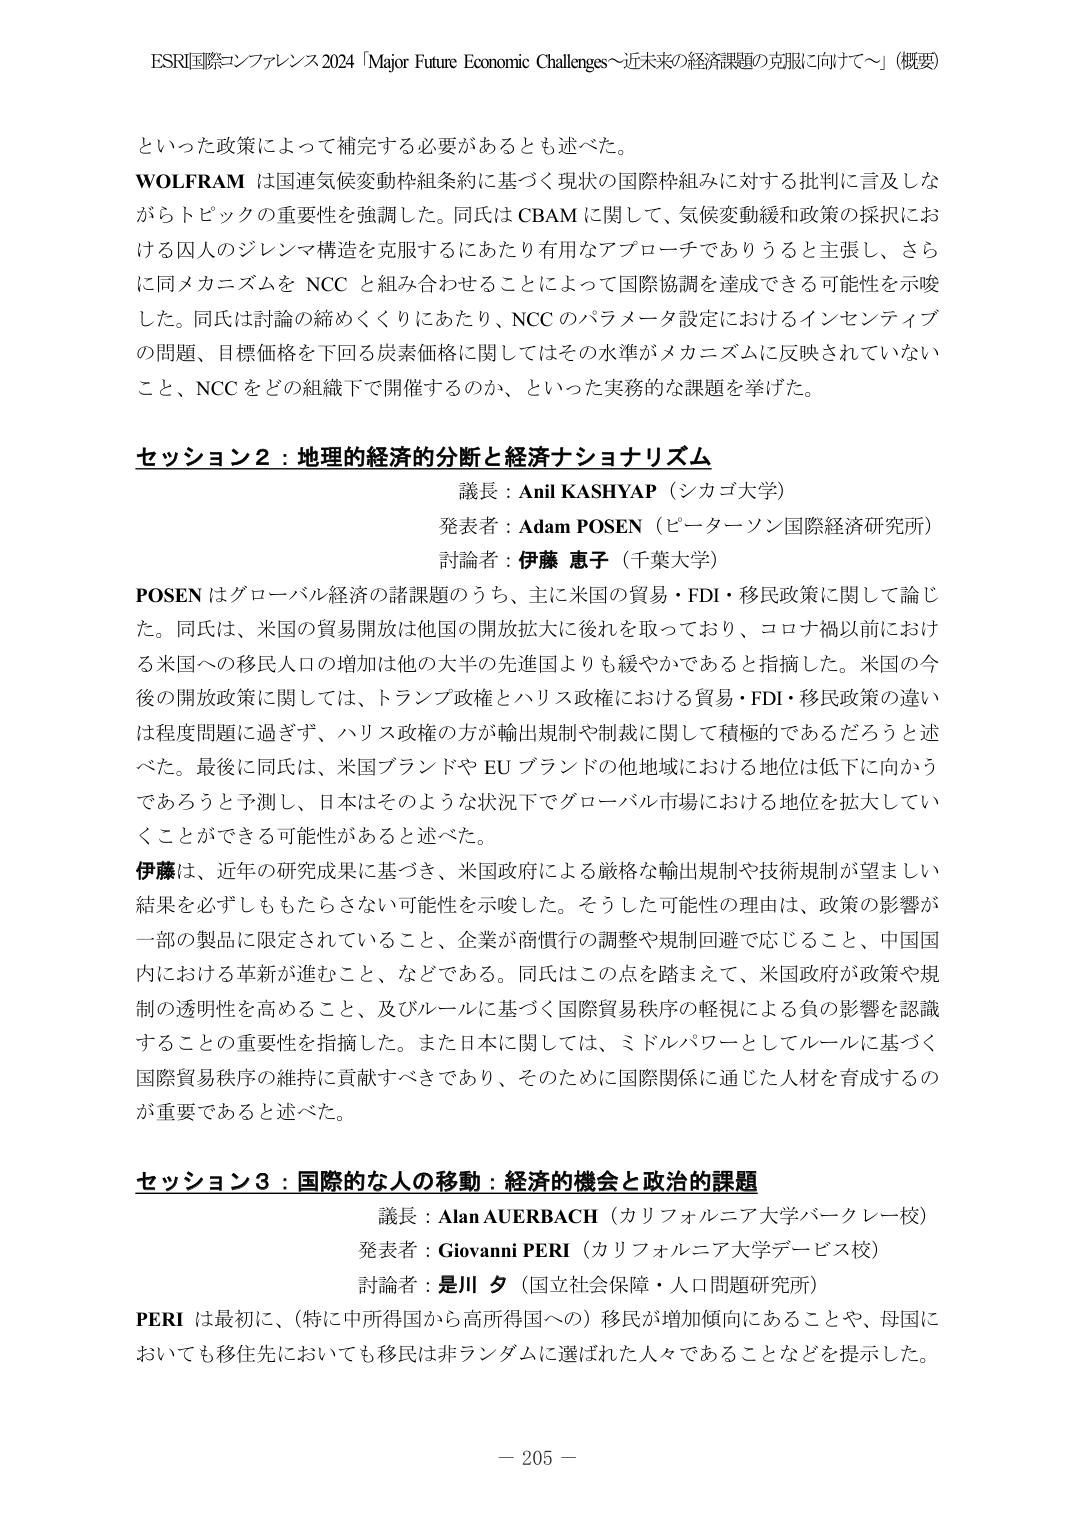
ESRI国際コンファレンス2024「Major Future Economic Challenges～近未来の経済課題の克服に向けて～」（概要）

といった政策によって補完する必要があるとも述べた。
WOLFRAM は国連気候変動枠組条約に基づく現状の国際枠組みに対する批判に言及しな
がらトピックの重要性を強調した。同氏はCBAMに関して、気候変動緩和政策の採択にお
ける囚人のジレンマ構造を克服するにあたり有用なアプローチでありうると主張し、さら
に同メカニズムをNCCと組み合わせることによって国際協調を達成できる可能性を示唆
した。同氏は討論の締めくくりにあたり、NCCのパラメータ設定におけるインセンティブ
の問題、目標価格を下回る炭素価格に関してはその水準がメカニズムに反映されていない
こと、NCCをどの組織下で開催するのか、といった実務的な課題を挙げた。

セッション2：地理的経済的分断と経済ナショナリズム
議長：Anil KASHYAP（シカゴ大学）
発表者：Adam POSEN（ピーターソン国際経済研究所）
討論者：伊藤 恵子（千葉大学）

POSENはグローバル経済の諸課題のうち、主に米国の貿易・FDI・移民政策に関して論じ
た。同氏は、米国の貿易開放は他国の開放拡大に後れを取っており、コロナ禍以前におけ
る米国への移民人口の増加は他の大半の先進国よりも緩やかであると指摘した。米国の今
後の開放政策に関しては、トランプ政権とハリス政権における貿易・FDI・移民政策の違い
は程度問題に過ぎず、ハリス政権の方が輸出規制や制裁に関して積極的であるだろうと述
べた。最後に同氏は、米国ブランドやEUブランドの他地域における地位は低下に向かう
であろうと予測し、日本はそのような状況下でグローバル市場における地位を拡大してい
くことができる可能性があると述べた。

伊藤は、近年の研究成果に基づき、米国政府による厳格な輸出規制や技術規制が望ましい
結果を必ずしももたらさない可能性を示唆した。そうした可能性の理由は、政策の影響が
一部の製品に限定されていること、企業が商慣行の調整や規制回避で応じること、中国国
内における革新が進むこと、などである。同氏はこの点を踏まえて、米国政府が政策や規
制の透明性を高めること、及びルールに基づく国際貿易秩序の軽視による負の影響を認識
することの重要性を指摘した。また日本に関しては、ミドルパワーとしてルールに基づく
国際貿易秩序の維持に貢献すべきであり、そのために国際関係に通じた人材を育成するの
が重要であると述べた。

セッション3：国際的な人の移動：経済的機会と政治的課題
議長：Alan AUERBACH（カリフォルニア大学バークレー校）
発表者：Giovanni PERI（カリフォルニア大学デービス校）
討論者：是川 夕（国立社会保障・人口問題研究所）

PERIは最初に、（特に中所得国から高所得国への）移民が増加傾向にあることや、母国に
おいても移住先においても移民は非ランダムに選ばれた人々であることなどを提示した。

－ 205 －